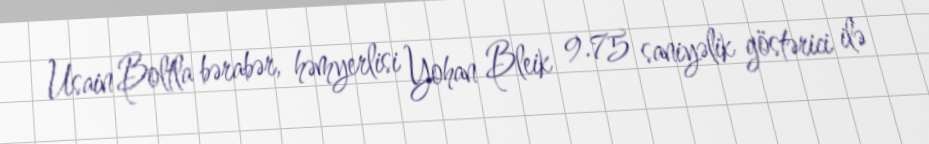
Usain Boltla bərabər, həmyerlisi Yohan Bleik 9.75 saniyəlik göstərici ilə